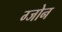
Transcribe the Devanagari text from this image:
ग्जोन